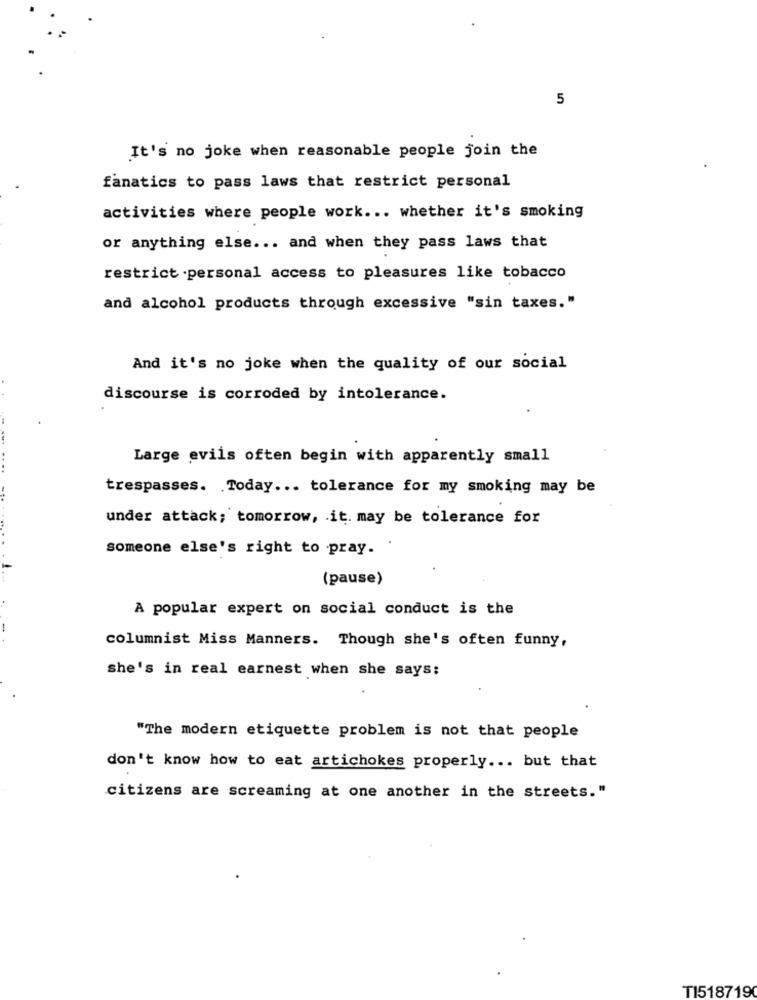
5
It's no joke when reasonable people join the
fanatics to pass laws that restrict personal
activities where people work ... whether it's smoking
or anything else ... and when they pass laws that
restrict personal access to pleasures like tobacco
and alcohol products through excessive "sin taxes."
And it's no joke when the quality of our social
discourse is corroded by intolerance.
Large evils often begin with apparently small
...
trespasses. Today ... tolerance for my smoking may be
under attack; tomorrow, it. may be tolerance for
someone else's right to pray.
(pause)
A popular expert on social conduct is the
columnist Miss Manners. Though she's often funny,
she's in real earnest when she says;
"The modern etiquette problem is not that people
don't know how to eat artichokes properly ... but that
citizens are screaming at one another in the streets."
TI518719